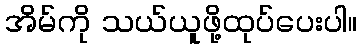
အိမ်ကို သယ်ယူဖို့ထုပ်ပေးပါ။